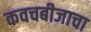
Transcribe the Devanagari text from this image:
कवचबीजाचा